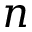
n